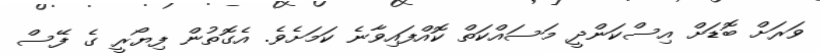
ވަރަށް ބޮޑަށް އިސްކަންދީ މަސައްކަތް ކޮއްފައިވާނެ ކަމަށެވެ. އެގޮތުން ފިޔޯރީ ގެ ފޭސް